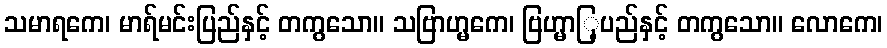
သမာရကေ၊ မာရ်မင်းပြည်နှင့် တကွသော။ သဗြာဟ္မကေ၊ ဗြဟ္မာြ့ပည်နှင့် တကွသော။ လောကေ၊